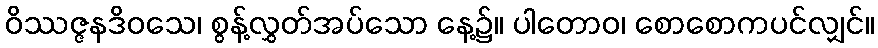
ဝိဿဇ္ဇနဒိဝသေ၊ စွန့်လွှတ်အပ်သော နေ့၌။ ပါတောဝ၊ စောစောကပင်လျှင်။